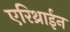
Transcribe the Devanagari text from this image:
एरिथ्राईन